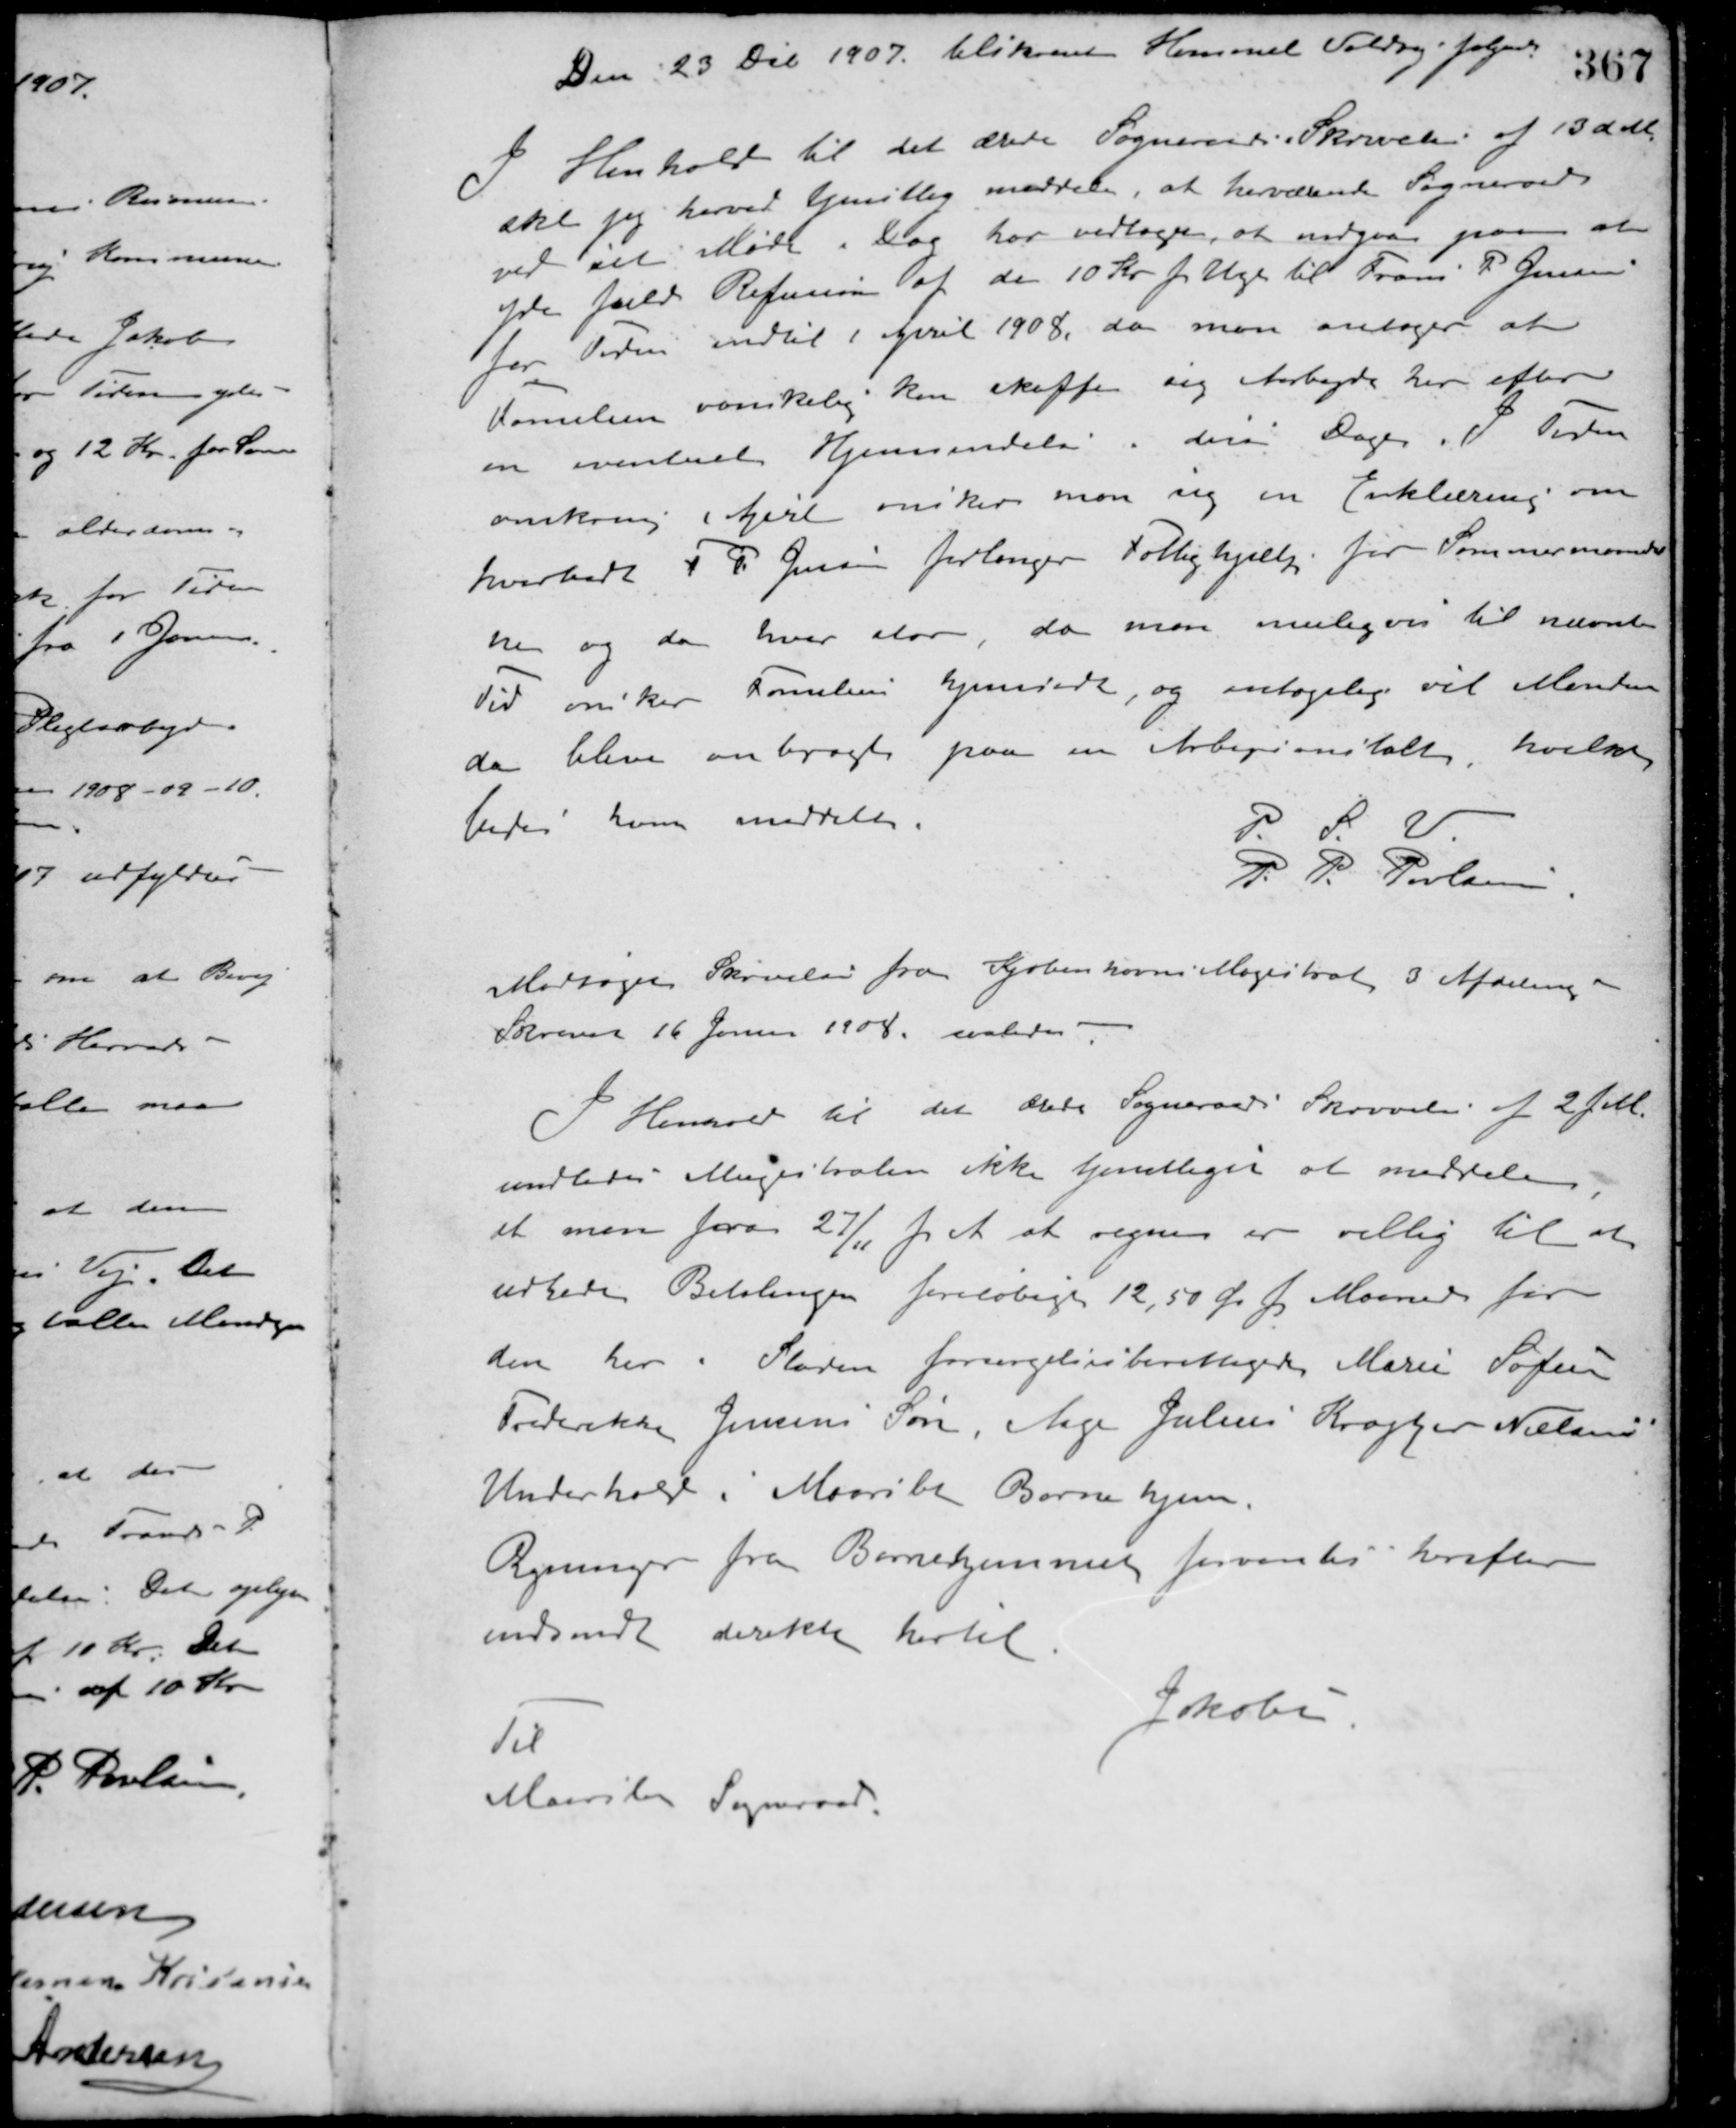
Transskription:
Den 23 Dec. 1907 tilskrevet Hammel Voldby følgende:
Henhold til det ærede Sogneraads Skrivelse af 13 d. M.
skal jeg herved tjenstlig meddele, at herværende Sogneraad
ved sit Møde i Dag har vedtaget, at indgaa paa at
yde fuld Refusion af de 10 Kr. pr. Uge til Frans P. Jensen
for Tiden indtil 1 April 1908, da man antager at
Familien vanskelig kan skaffe sig Aarbejde her efter
en eventuel Hjemsendelse i disse Dage. I Tiden
omkring 1 April ønsker man sig en Erklæring om
hvorvidt F. P. Jensen forlanger Fattighjælp for Sommermaaneder-
ne og da hvor stor, da man muligvis til nævnte
Tid ønsker Familien hjemsendt, og antagelig vil Manden
da blive anbragt paa en Arbejsanstalt, hvilket
bedes ham meddelt.
P. S. V.
P. P. Poulsen
Modtaget Skrivelse fra Kjøbenhavns Magistrat 3 Afdeling
Skrevet 16 Januar 1908, saaledes
I Henhold til det ærede Sogneraads Skrivelse af 2 f. M.
undlader Magistraten ikke tjenstligt at meddele
at man fra 27/11 f. M. at regne er villig til at
udrede Betalingen foreløbigt 12,50 Øre pr. Maaned for
den her i Staden forsørgelsesberettigede Marie Sofie
Frederikke Jensens Søn, Aage Julius Kragter Nielsens
Underhold i Maarslet Børnehjem.
Regninger fra Børnehjemmet forventes herefter
indsendt direkte hertil.
Jakobsen.
Til
Maarslet Sogneraad